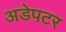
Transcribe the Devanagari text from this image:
अडेपटर